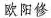
欧阳修